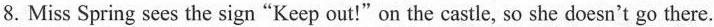
8.Miss Spring sees the sign"Keep out!"on the castle, so she doesn't go there.